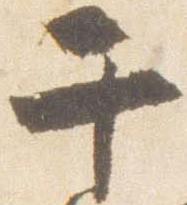
于